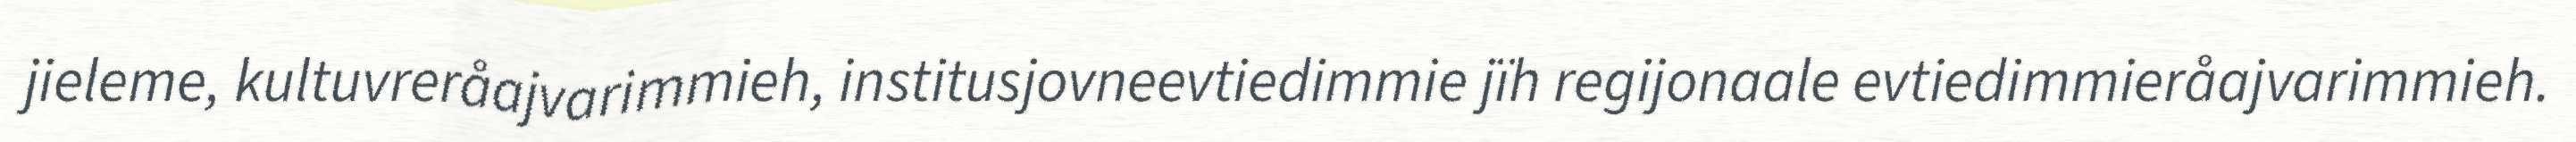
jieleme, kultuvreråajvarimmieh, institusjovneevtiedimmie jïh regijonaale evtiedimmieråajvarimmieh.